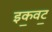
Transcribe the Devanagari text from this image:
इक॒वट॒